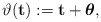
\begin{align*}\vartheta({\bf t}):={\bf t}+\mbox{\boldmath$\theta$},\end{align*}